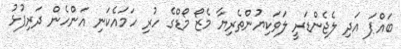
ބައްޕަ އަދި ލެޖެންޑަރީ ލަވަކިޔުންތެރިޔާ މެޒޯ މޯޑްގެ ހުރި ހަމައެކަނި އަންހެން ދަރިފުޅު